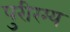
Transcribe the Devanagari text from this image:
पुरीरम्य